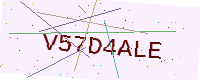
Text: V57D4ALE